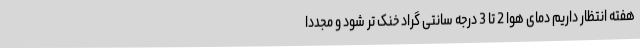
هفته انتظار داریم دمای هوا 2 تا 3 درجه سانتی گراد خنک تر شود و مجدداً